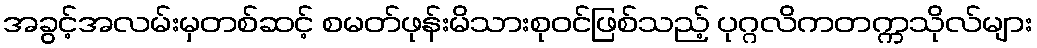
အခွင့်အလမ်းမှတစ်ဆင့် စမတ်ဖုန်းမိသားစုဝင်ဖြစ်သည့် ပုဂ္ဂလိကတက္ကသိုလ်များ